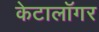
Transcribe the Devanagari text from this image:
केटालॉगर